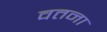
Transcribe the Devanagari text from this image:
वतना